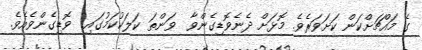
ގެ މައްޗަށްކަން ކަށަވަރެވެ. މޮޅަށް ދެނެވޮޑިގެންވާ  ވަންތަ ކަލަކުކަމުގައި  ވޮޑިގެންވެއެވެ.